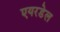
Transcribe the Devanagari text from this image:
एयरडेल